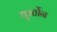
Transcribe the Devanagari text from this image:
थुर्स्तोन